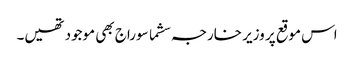
اس موقع پر وزیر خارجہ سشما سوراج بھی موجود تھیں۔